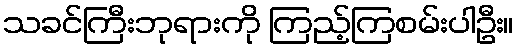
သခင်ကြီးဘုရားကို ကြည့်ကြစမ်းပါဦး။